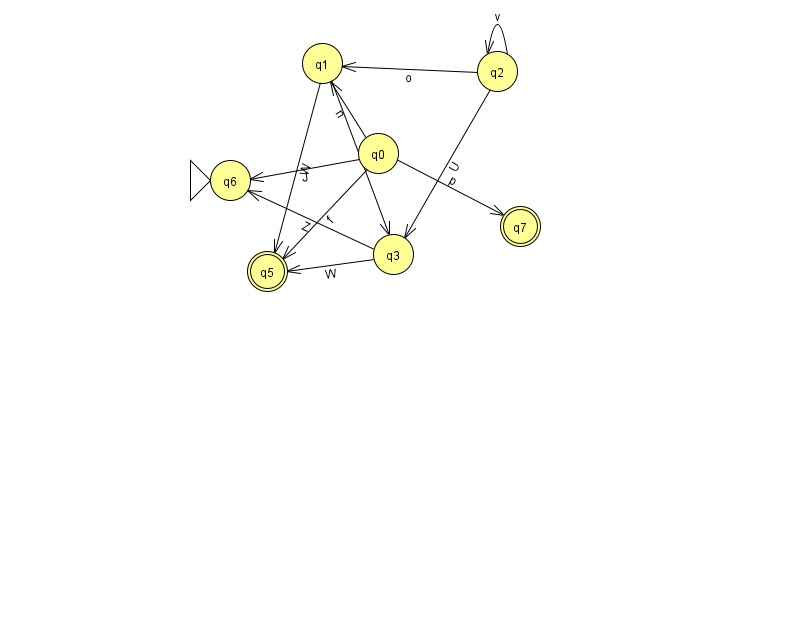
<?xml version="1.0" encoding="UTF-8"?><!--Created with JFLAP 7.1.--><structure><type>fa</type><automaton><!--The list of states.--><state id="0" name="q0"><x>378.0</x><y>140.0</y></state><state id="1" name="q1"><x>322.0</x><y>50.0</y></state><state id="2" name="q2"><x>497.0</x><y>58.0</y></state><state id="3" name="q3"><x>393.0</x><y>241.0</y></state><state id="5" name="q5"><x>267.0</x><y>258.0</y><final/></state><state id="6" name="q6"><x>230.0</x><y>167.0</y><initial/></state><state id="7" name="q7"><x>520.0</x><y>213.0</y><final/></state><!--The list of transitions.--><transition><from>2</from><to>3</to><read>U</read></transition><transition><from>1</from><to>3</to><read>u</read></transition><transition><from>2</from><to>2</to><read>v</read></transition><transition><from>0</from><to>1</to><read>n</read></transition><transition><from>0</from><to>7</to><read>p</read></transition><transition><from>1</from><to>5</to><read>W</read></transition><transition><from>0</from><to>6</to><read>J</read></transition><transition><from>3</from><to>5</to><read>W</read></transition><transition><from>3</from><to>6</to><read>Z</read></transition><transition><from>0</from><to>5</to><read>f</read></transition><transition><from>2</from><to>1</to><read>o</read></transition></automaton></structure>